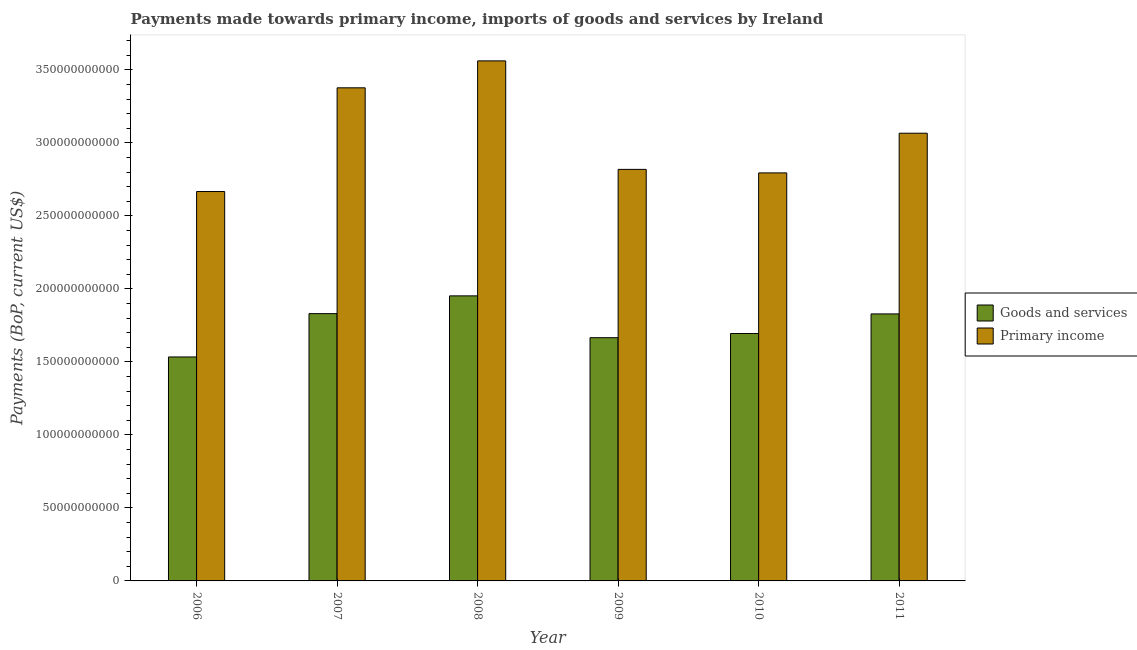
| Year | Goods and services | Primary income |
 | --- | --- | --- |
 | 2006 | 1.53e+11 | 2.67e+11 |
 | 2007 | 1.83e+11 | 3.38e+11 |
 | 2008 | 1.95e+11 | 3.56e+11 |
 | 2009 | 1.67e+11 | 2.82e+11 |
 | 2010 | 1.69e+11 | 2.79e+11 |
 | 2011 | 1.83e+11 | 3.07e+11 |